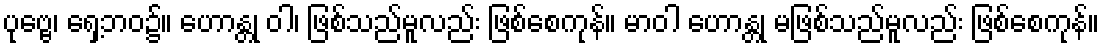
ပုဗ္ဗေ၊ ရှေ့ဘဝ၌။ ဟောန္တု ဝါ၊ ဖြစ်သည်မူလည်း ဖြစ်စေကုန်။ မာဝါ ဟောန္တု မဖြစ်သည်မူလည်း ဖြစ်စေကုန်။